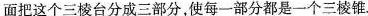
面把这个三棱台分成三部分，使每一部分都是一个三棱锥.